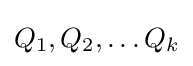
Q_{1},Q_{2},\ldots Q_{k}